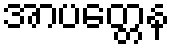
အာပတ္တေန